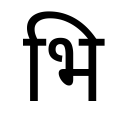
OCR:
भि